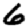
Digit: 6